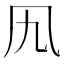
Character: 𠘪